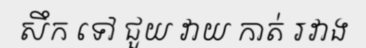
សឹក ទៅ ជួយ វាយ កាត់ រវាង